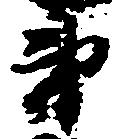
弟